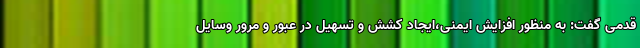
قدمی گفت: به منظور افزایش ایمنی،ایجاد کشش و تسهیل در عبور و مرور وسایل